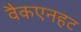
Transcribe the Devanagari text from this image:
वैकएनहट